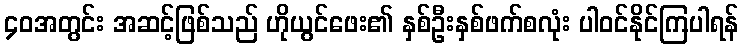
၄၀အတွင်း အဆင့်ဖြစ်သည် ဟိုယွင်ဖေး၏ နှစ်ဦးနှစ်ဖက်စလုံး ပါဝင်နိုင်ကြပါရန်